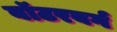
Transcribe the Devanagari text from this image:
वॉटरबर्ग